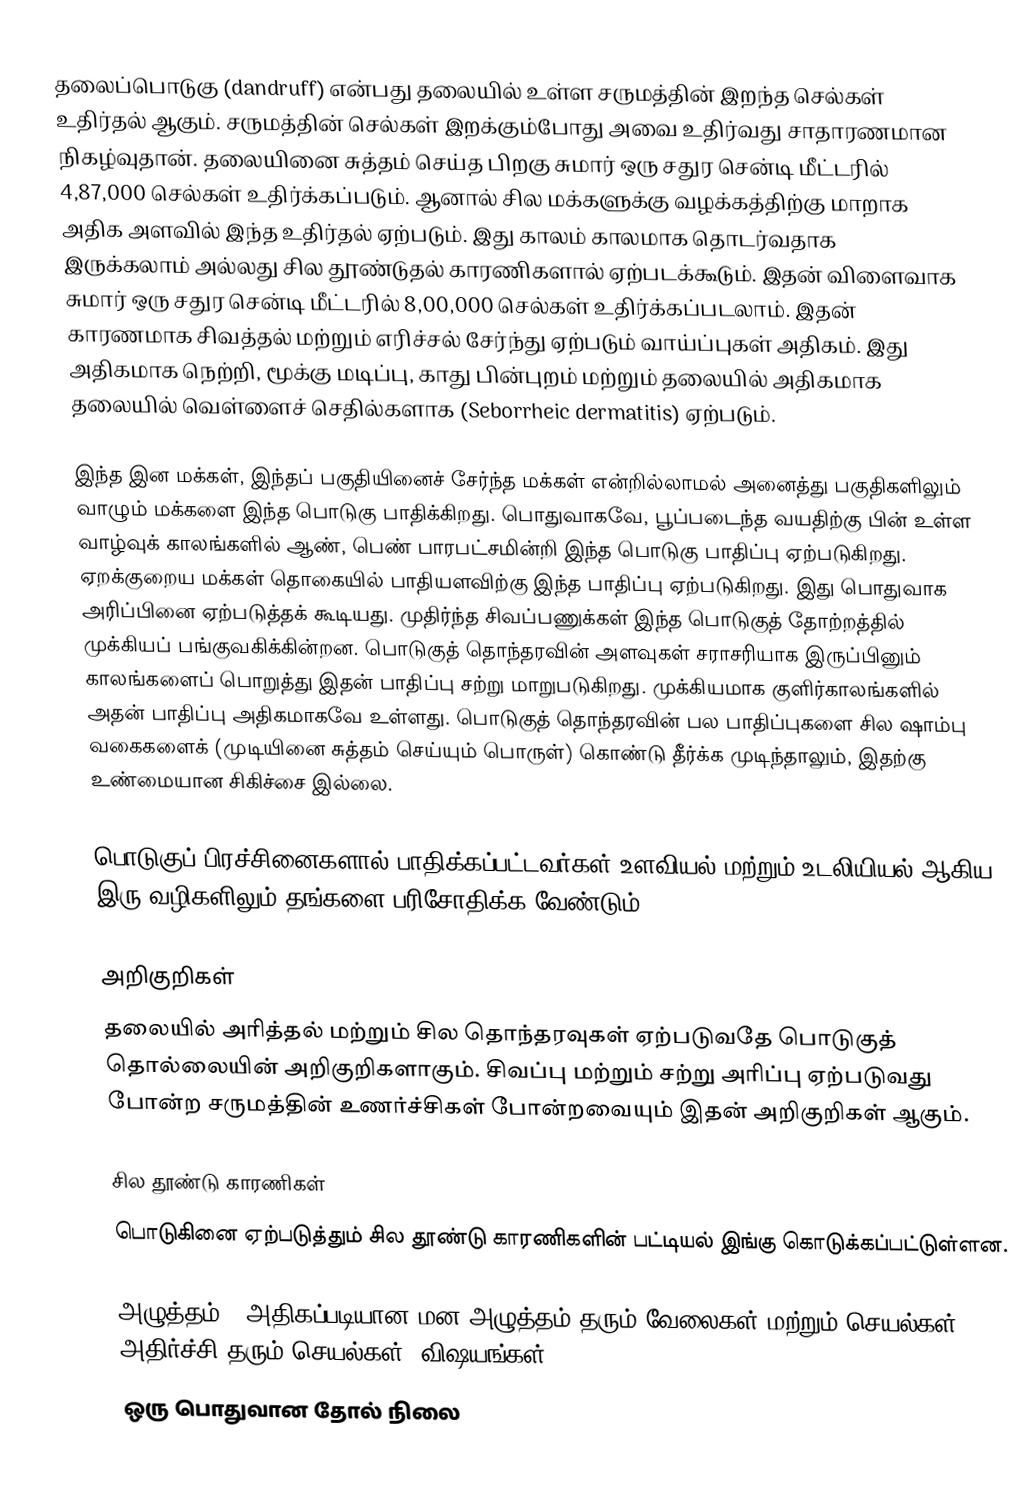
தலைப்பொடுகு (dandruff) என்பது தலையில் உள்ள சருமத்தின் இறந்த செல்கள் உதிர்தல் ஆகும். சருமத்தின் செல்கள் இறக்கும்போது அவை உதிர்வது சாதாரணமான நிகழ்வுதான். தலையினை சுத்தம் செய்த பிறகு சுமார் ஒரு சதுர சென்டி மீட்டரில் 4,87,000 செல்கள் உதிர்க்கப்படும். ஆனால் சில மக்களுக்கு வழக்கத்திற்கு மாறாக அதிக அளவில் இந்த உதிர்தல் ஏற்படும். இது காலம் காலமாக தொடர்வதாக இருக்கலாம் அல்லது சில தூண்டுதல் காரணிகளால் ஏற்படக்கூடும். இதன் விளைவாக சுமார் ஒரு சதுர சென்டி மீட்டரில் 8,00,000 செல்கள் உதிர்க்கப்படலாம். இதன் காரணமாக சிவத்தல் மற்றும் எரிச்சல் சேர்ந்து ஏற்படும் வாய்ப்புகள் அதிகம். இது அதிகமாக நெற்றி, மூக்கு மடிப்பு, காது பின்புறம் மற்றும் தலையில் அதிகமாக தலையில் வெள்ளைச் செதில்களாக (Seborrheic dermatitis) ஏற்படும்.

இந்த இன மக்கள், இந்தப் பகுதியினைச் சேர்ந்த மக்கள் என்றில்லாமல் அனைத்து பகுதிகளிலும் வாழும் மக்களை இந்த பொடுகு பாதிக்கிறது. பொதுவாகவே, பூப்படைந்த வயதிற்கு பின் உள்ள வாழ்வுக் காலங்களில் ஆண், பெண் பாரபட்சமின்றி இந்த பொடுகு பாதிப்பு ஏற்படுகிறது. ஏறக்குறைய மக்கள் தொகையில் பாதியளவிற்கு இந்த பாதிப்பு ஏற்படுகிறது. இது பொதுவாக அரிப்பினை ஏற்படுத்தக் கூடியது. முதிர்ந்த சிவப்பணுக்கள் இந்த பொடுகுத் தோற்றத்தில் முக்கியப் பங்குவகிக்கின்றன. பொடுகுத் தொந்தரவின் அளவுகள் சராசரியாக இருப்பினும் காலங்களைப் பொறுத்து இதன் பாதிப்பு சற்று மாறுபடுகிறது. முக்கியமாக குளிர்காலங்களில் அதன் பாதிப்பு அதிகமாகவே உள்ளது. பொடுகுத் தொந்தரவின் பல பாதிப்புகளை சில ஷாம்பு வகைகளைக் (முடியினை சுத்தம் செய்யும் பொருள்) கொண்டு தீர்க்க முடிந்தாலும், இதற்கு உண்மையான சிகிச்சை இல்லை.

பொடுகுப் பிரச்சினைகளால் பாதிக்கப்பட்டவர்கள் உளவியல் மற்றும் உடலியியல் ஆகிய இரு வழிகளிலும் தங்களை பரிசோதிக்க வேண்டும்.

அறிகுறிகள்
தலையில் அரித்தல் மற்றும் சில தொந்தரவுகள் ஏற்படுவதே பொடுகுத் தொல்லையின் அறிகுறிகளாகும். சிவப்பு மற்றும் சற்று அரிப்பு ஏற்படுவது போன்ற சருமத்தின் உணர்ச்சிகள் போன்றவையும் இதன் அறிகுறிகள் ஆகும்.

சில தூண்டு காரணிகள்
பொடுகினை ஏற்படுத்தும் சில தூண்டு காரணிகளின் பட்டியல் இங்கு கொடுக்கப்பட்டுள்ளன.

 அழுத்தம் – அதிகப்படியான மன அழுத்தம் தரும் வேலைகள் மற்றும் செயல்கள், அதிர்ச்சி தரும் செயல்கள், விஷயங்கள்
 ஒரு பொதுவான தோல் நிலை